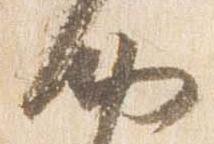
納